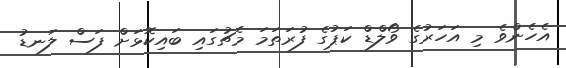
އެހެންވެ މި އަހަރުގެ ވޯލްޑް ކަޕުގެ ފުރަތަމަ މެޗުގައި ބައިކޮޅަށް ފަސް ލަނޑު